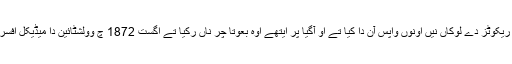
1871 چ ریکوٹز دے لوکاں نیں اونوں واپس آن دا کیا تے او آگیا پر ایتھے اوہ بعوتا چر ناں رکیا تے اگست 1872 چ وولشٹائین دا میڈیکل افسر بنادتا گیا۔